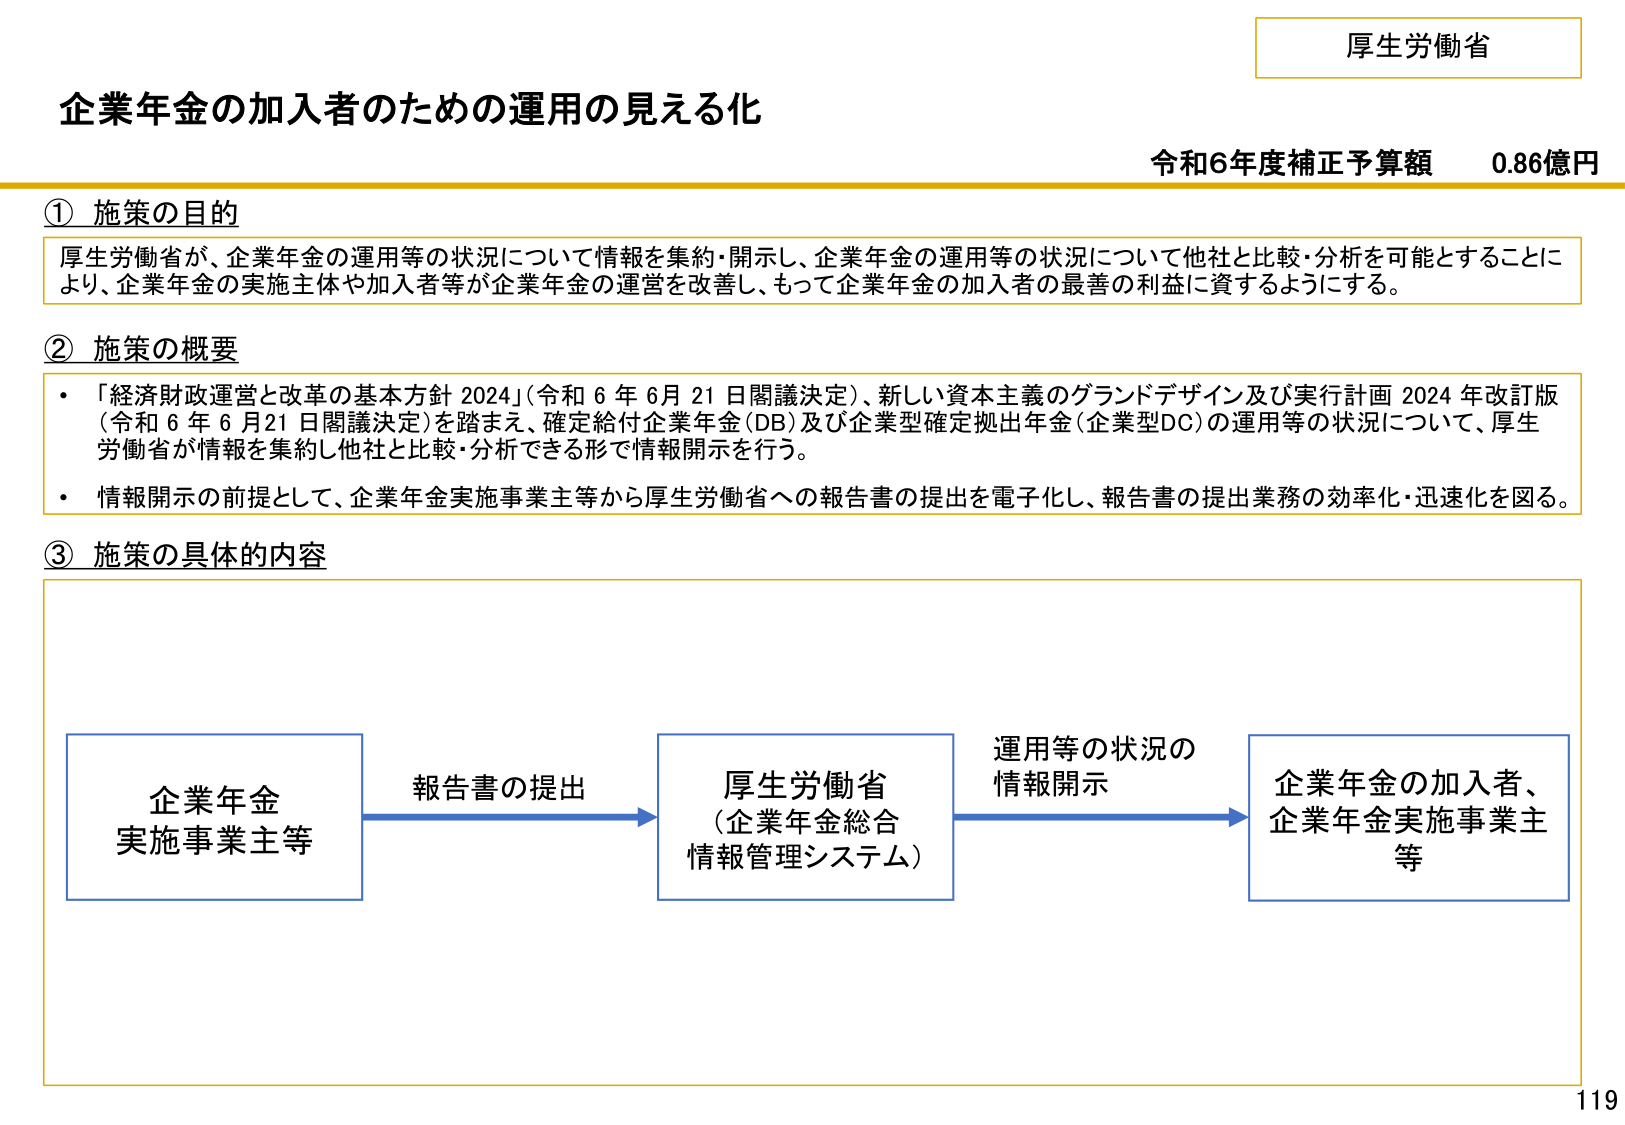
厚生労働省
企業年金の加入者のための運用の見える化
令和6年度補正予算額 0.86億円

① 施策の目的
厚生労働省が、企業年金の運用等の状況について情報を集約・開示し、企業年金の運用等の状況について他社と比較・分析を可能とすることにより、企業年金の実施主体や加入者等が企業年金の運営を改善し、もって企業年金の加入者の最善の利益に資するようにする。

② 施策の概要
・「経済財政運営と改革の基本方針 2024」（令和６年６月21日閣議決定）、新しい資本主義のグランドデザイン及び実行計画 2024年改訂版（令和６年６月21日閣議決定）を踏まえ、確定給付企業年金（DB）及び企業型確定拠出年金（企業型DC）の運用等の状況について、厚生労働省が情報を集約し他社と比較・分析できる形で情報開示を行う。
・情報開示の前提として、企業年金実施事業主等から厚生労働省への報告書の提出を電子化し、報告書の提出業務の効率化・迅速化を図る。

③ 施策の具体的な内容
企業年金
実施事業主等 → 報告書の提出 → 厚生労働省（企業年金総合情報管理システム） → 運用等の状況の情報開示 → 企業年金の加入者、企業年金実施事業主等

119